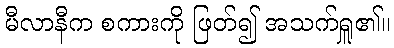
မီလာနီက စကားကို ဖြတ်၍ အသက်ရှူ၏။